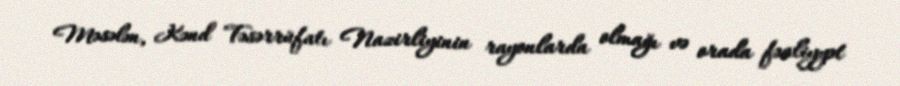
Məsələn, Kənd Təsərrüfatı Nazirliyinin rayonlarda olmağı və orada fəaliyyət